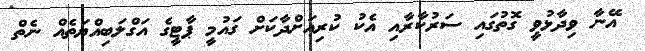
އޭނާ ވިދާޅުވީ ގޮތުގައި ސަރުކާރާއި އެކު ކުރިއަށްދާކަށް ގައުމީ ޕާޓީގެ އަގްލަބިއްޔަތެއް ނެތް